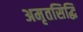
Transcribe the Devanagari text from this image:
अमृतसिद्धि